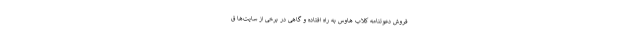
فروش دعوتنامه کلاب هاوس به راه افتاده و گاهی در برخی از سایت‌ها ق